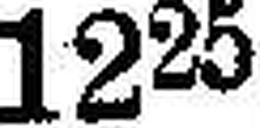
1225